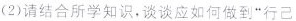
(2)请结合所学知识，谈谈应如何做到”行己